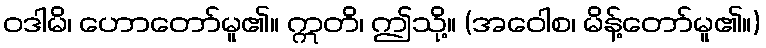
ဝဒါမိ၊ ဟောတော်မူ၏။ ဣတိ၊ ဤသို့။ (အဝေါစ၊ မိန့်တော်မူ၏။)